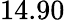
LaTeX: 14.90